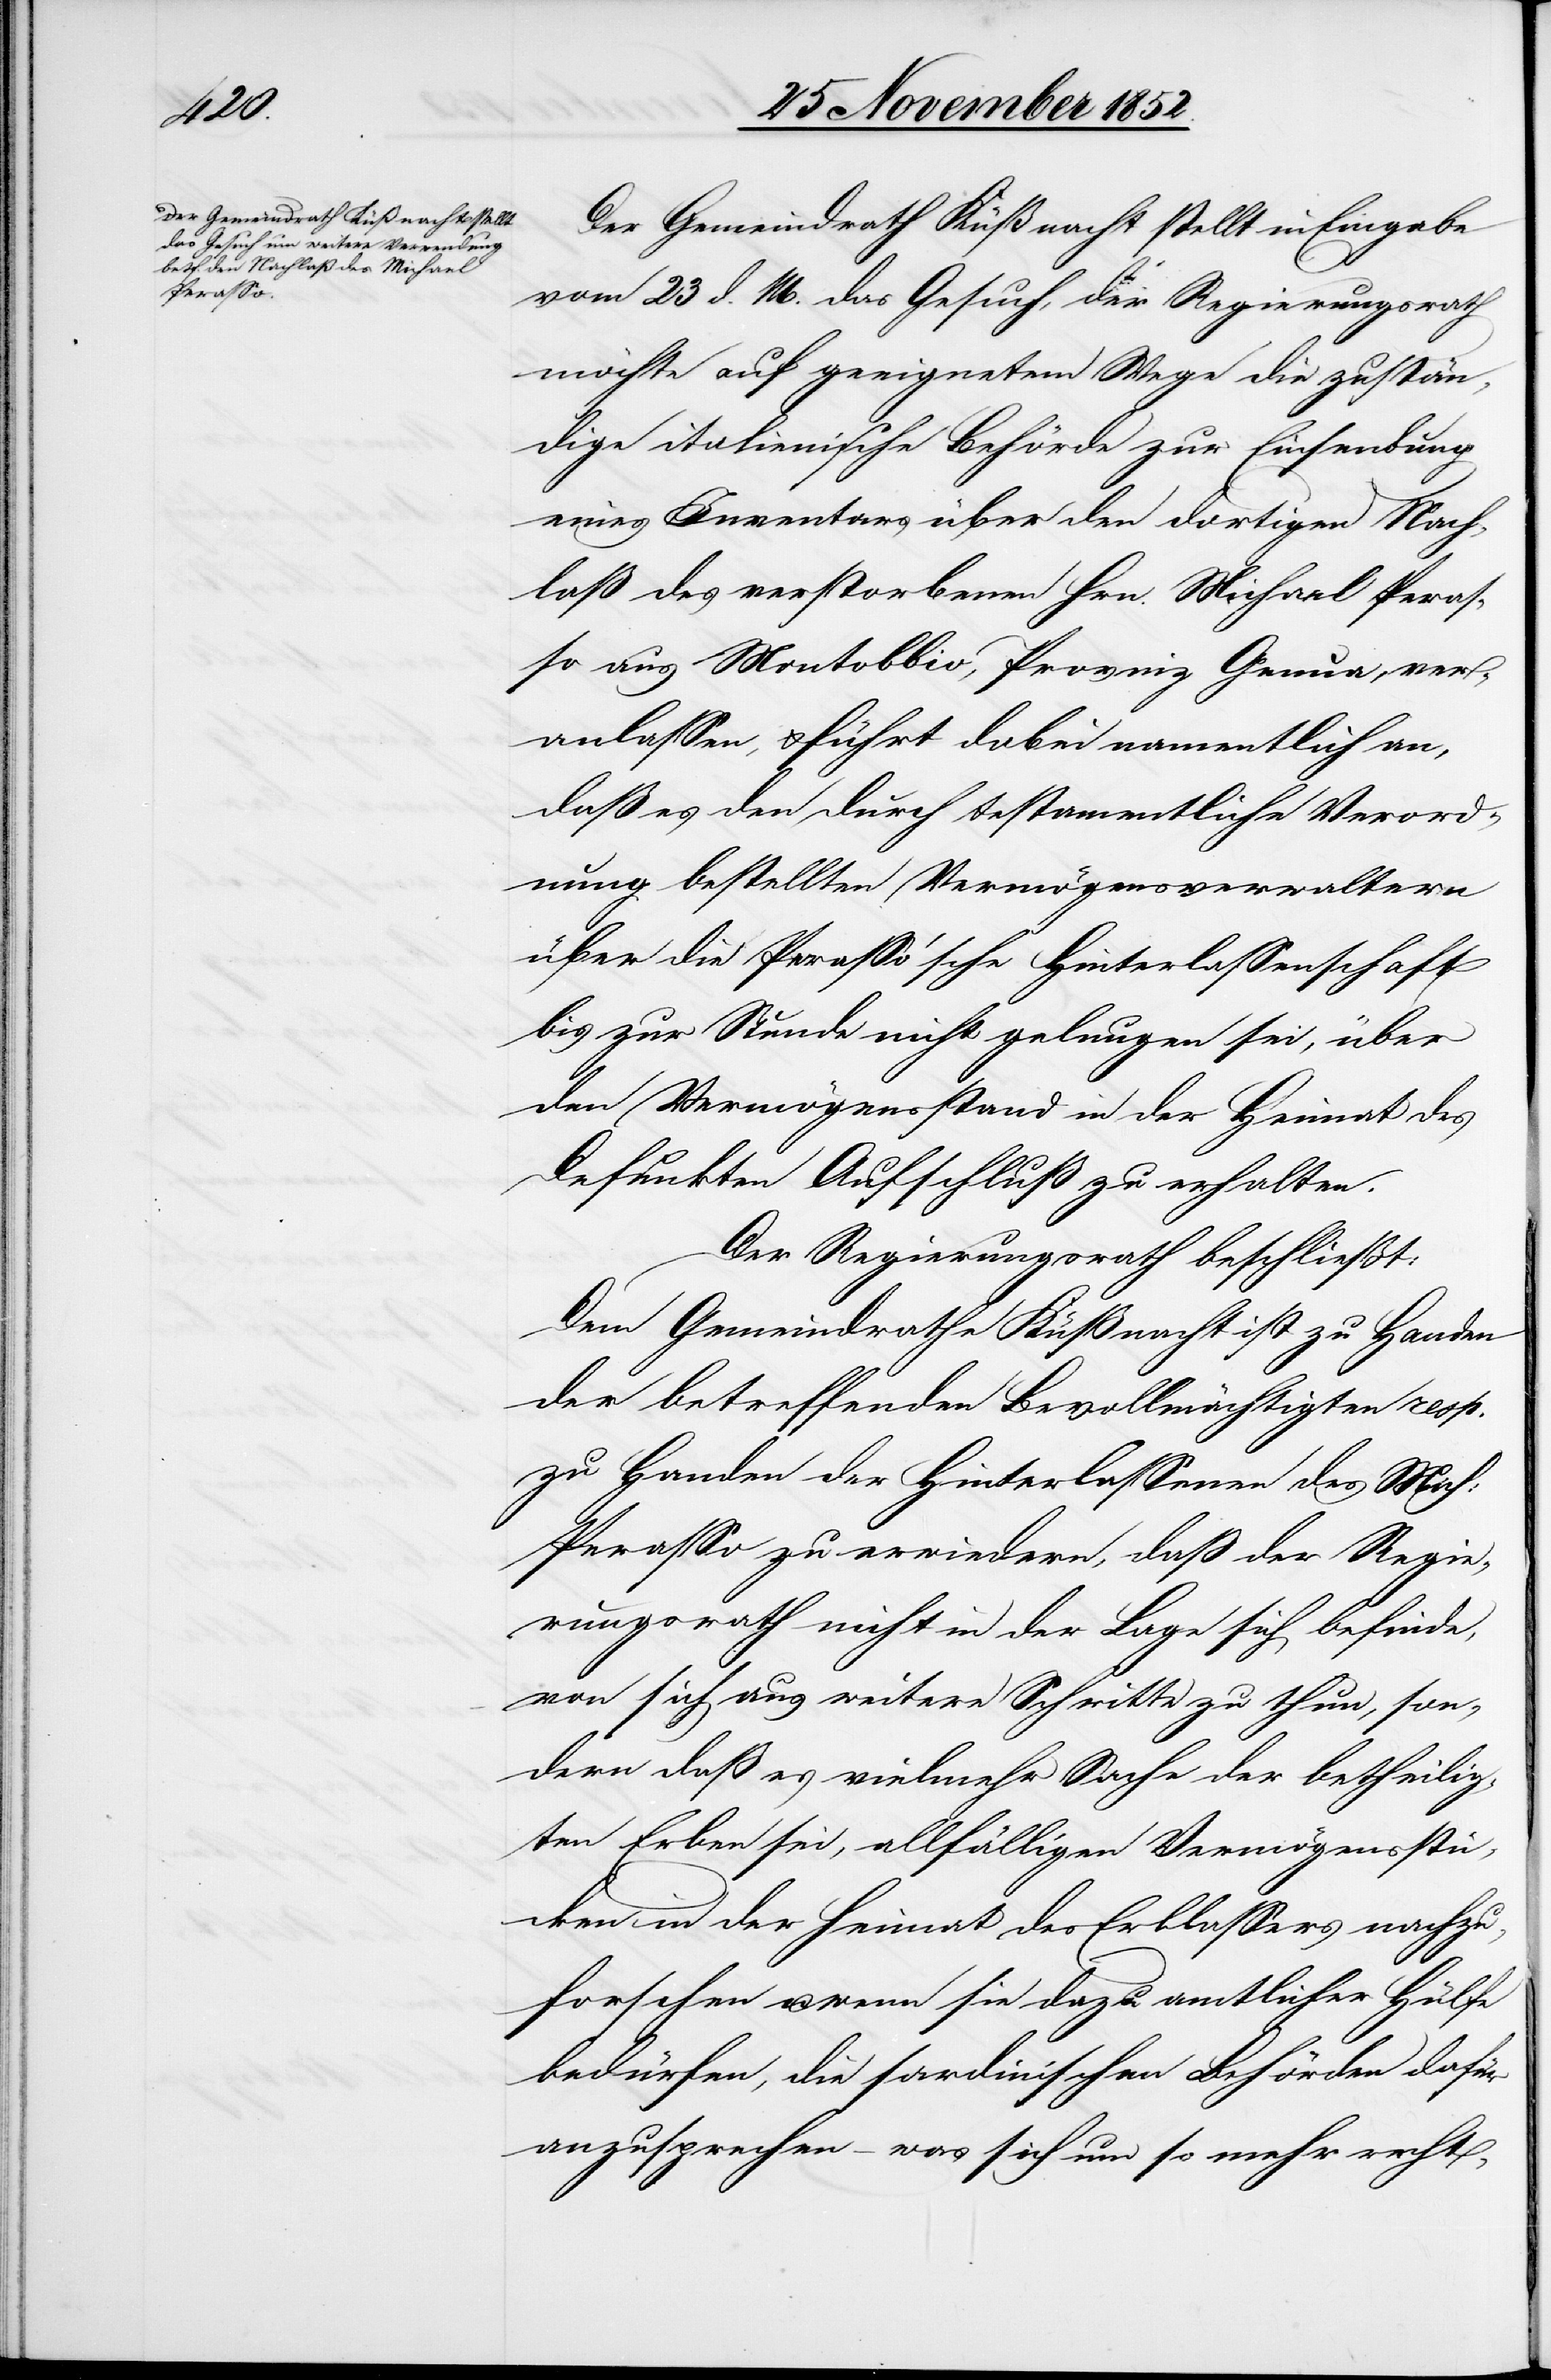
Der Gemeindrath Küßnacht stellt in Eingabe
vom 23 d. M. das Gesuch, der Regierungsrath
möchte auf geeignetem Wege die zustän¬
dige italienische Behörde zur Einsendung
eines Inventars über den dortigen Nach¬
laß des verstorbenen Hrn. Michael Peras¬
so aus Montobbio, Provinz Genua, ver¬
anlassen, & führt dabei namentlich an,
daß es den durch testamentliche Verord¬
nung bestellten Vermögensverwaltern
über die Perasso’sche Hinterlassenschaft
bis zur Stunde nicht gelungen sei, über
den Vermögensstand in der Heimat des
Defunkten Aufschluß zu erhalten.
Der Regierungsrath beschließt:
Dem Gemeindrathe Küßnacht ist zu Handen
der betreffenden Bevollmächtigten resp.
zu Handen der Hinterlassenen des Mich:
Perasso zu erwiedern, daß der Regie¬
rungsrath nicht in der Lage sich befinde,
von sich aus weitere Schritte zu thun, son¬
dern daß es vielmehr Sache der betheilig¬
ten Erben sei, allfälligen Vermögensstüc¬
ken in der Heimat des Erblassers nachzu¬
forschen u. wenn sie dazu amtlicher Hülfe
bedürfen, die sardinischen Behörden dafür
anzusprechen – was sich um so mehr recht-